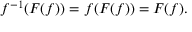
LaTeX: f ^ { - 1 } ( F ( f ) ) = f ( F ( f ) ) = F ( f ) .